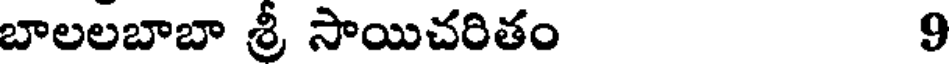
బాలలబాబా శ్రీ సాయిచరితం 9